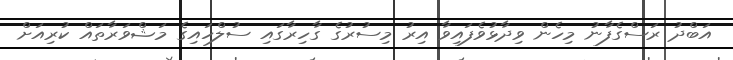
އަބްދު ރަސްގެފާނު މިހެން ވިދާޅުވެފައިވާ އިރު މިސުރުގެ ގާހިރާގައި ސުލްހައިގެ މަޝްވަރާތައް ކުރިއަށް